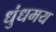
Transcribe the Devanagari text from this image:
धुंधमय